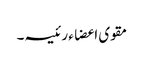
مقوی اعضاء رئیسہ۔